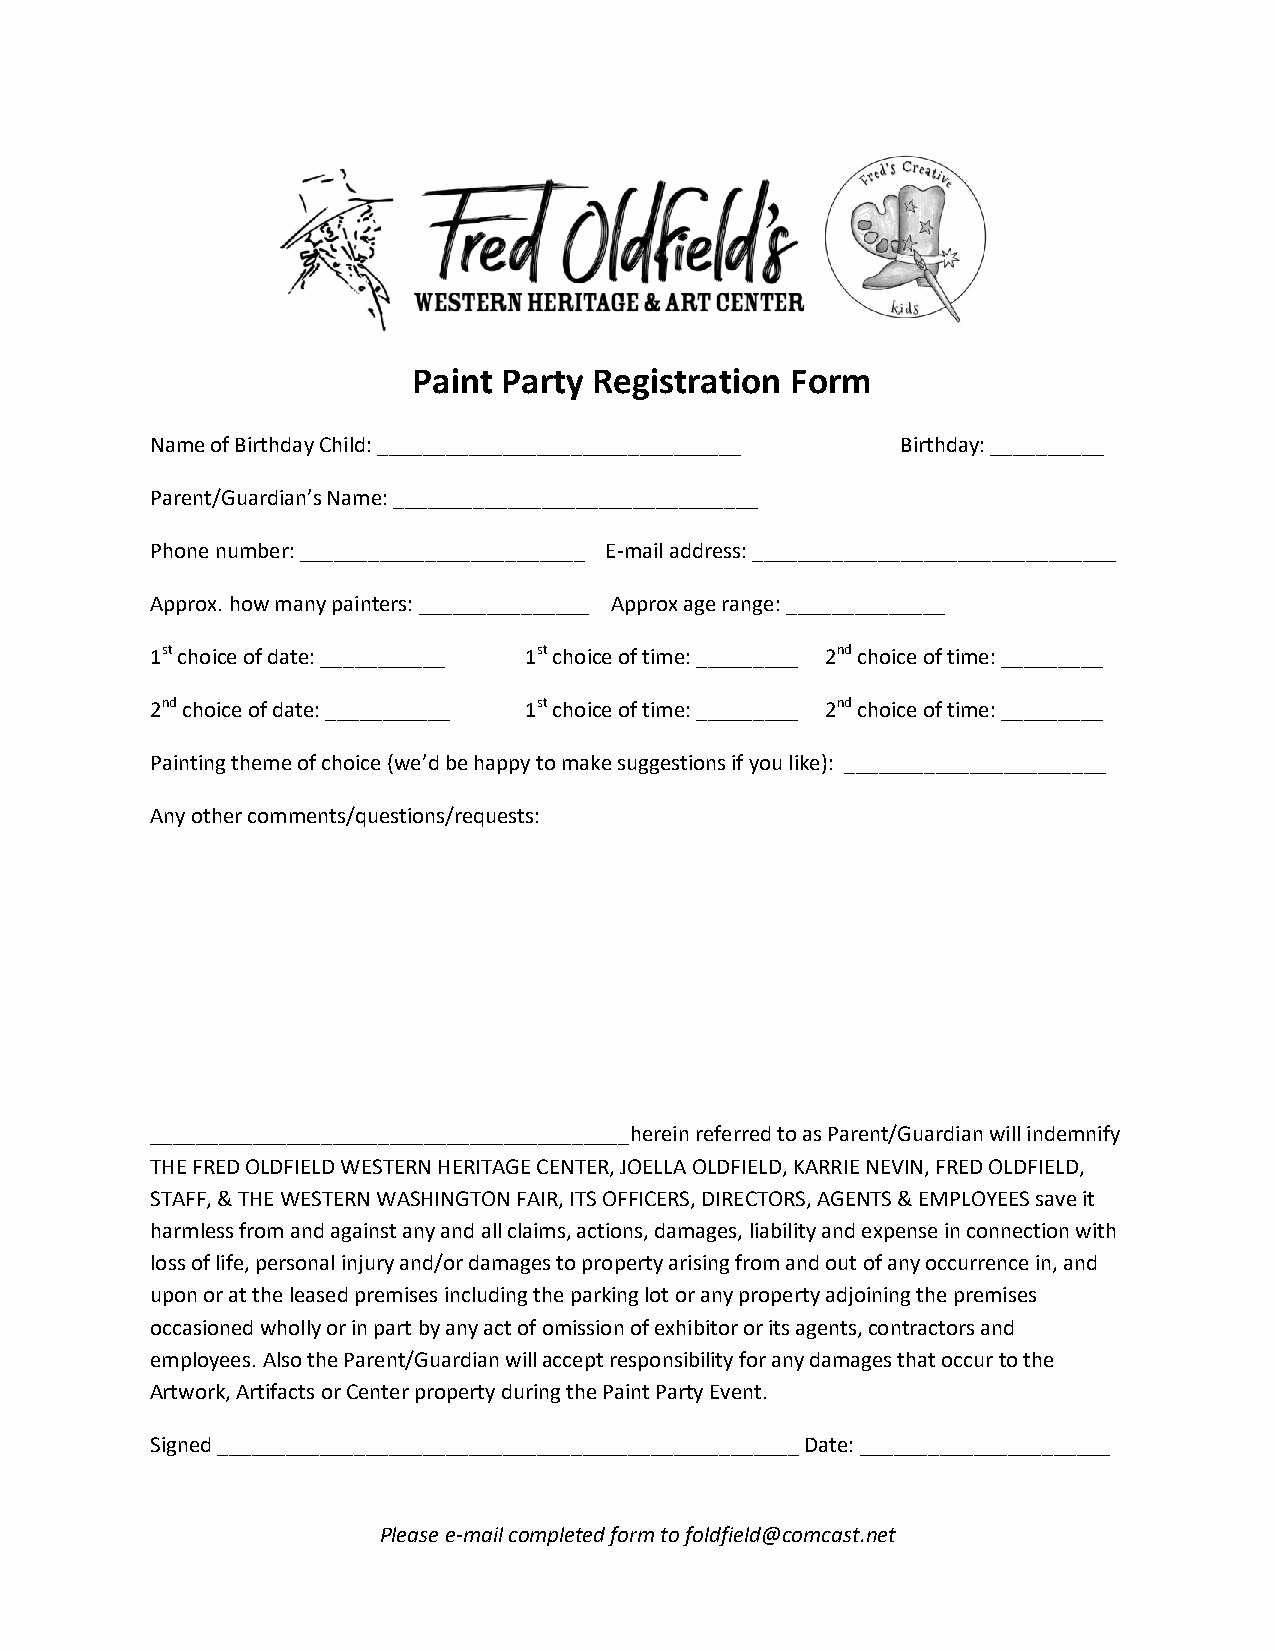
Paint Party Registration Form
 Name of Birthday Child: ________________________________ Birthday: __________
 Parent/Guardian’s Name: ________________________________
 Phone number: _________________________ E-mail address: ________________________________
 Approx. how many painters: _______________ Approx age range: ______________
 1st choice of date: ___________ 1st choice of time: _________ 2nd choice of time: _________
 2nd choice of date: ___________ 1st choice of time: _________ 2nd choice of time: _________
 Painting theme of choice (we’d be happy to make suggestions if you like): _______________________
 Any other comments/questions/requests:
 __________________________________________herein referred to as Parent/Guardian will indemnify
 THE FRED OLDFIELD WESTERN HERITAGE CENTER, JOELLA OLDFIELD, KARRIE NEVIN, FRED OLDFIELD,
 STAFF, & THE WESTERN WASHINGTON FAIR, ITS OFFICERS, DIRECTORS, AGENTS & EMPLOYEES save it
 harmless from and against any and all claims, actions, damages, liability and expense in connection with
 loss of life, personal injury and/or damages to property arising from and out of any occurrence in, and
 upon or at the leased premises including the parking lot or any property adjoining the premises
 occasioned wholly or in part by any act of omission of exhibitor or its agents, contractors and
 employees. Also the Parent/Guardian will accept responsibility for any damages that occur to the
 Artwork, Artifacts or Center property during the Paint Party Event.
 Signed ___________________________________________________ Date: ______________________
 Please e-mail completed form to foldfield@comcast.net